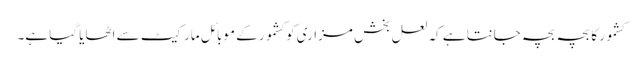
کشمور کا بچہ بچہ جانتا ہے کہ لعل بخش مزاری کو کشمور کے موبائل مارکیٹ سے اٹھایا گیا ہے۔